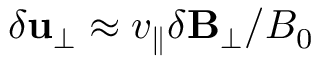
\delta \mathbf { u } _ { \perp } \approx v _ { \parallel } \delta \mathbf { B } _ { \perp } / B _ { 0 }